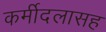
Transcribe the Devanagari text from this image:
कर्मीदलासह